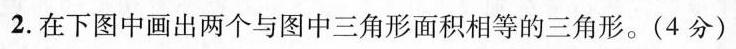
2.在下图中画出两个与图中三角形面积相等的三角形。(4分)